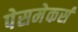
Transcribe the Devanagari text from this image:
पेसमेकर्स